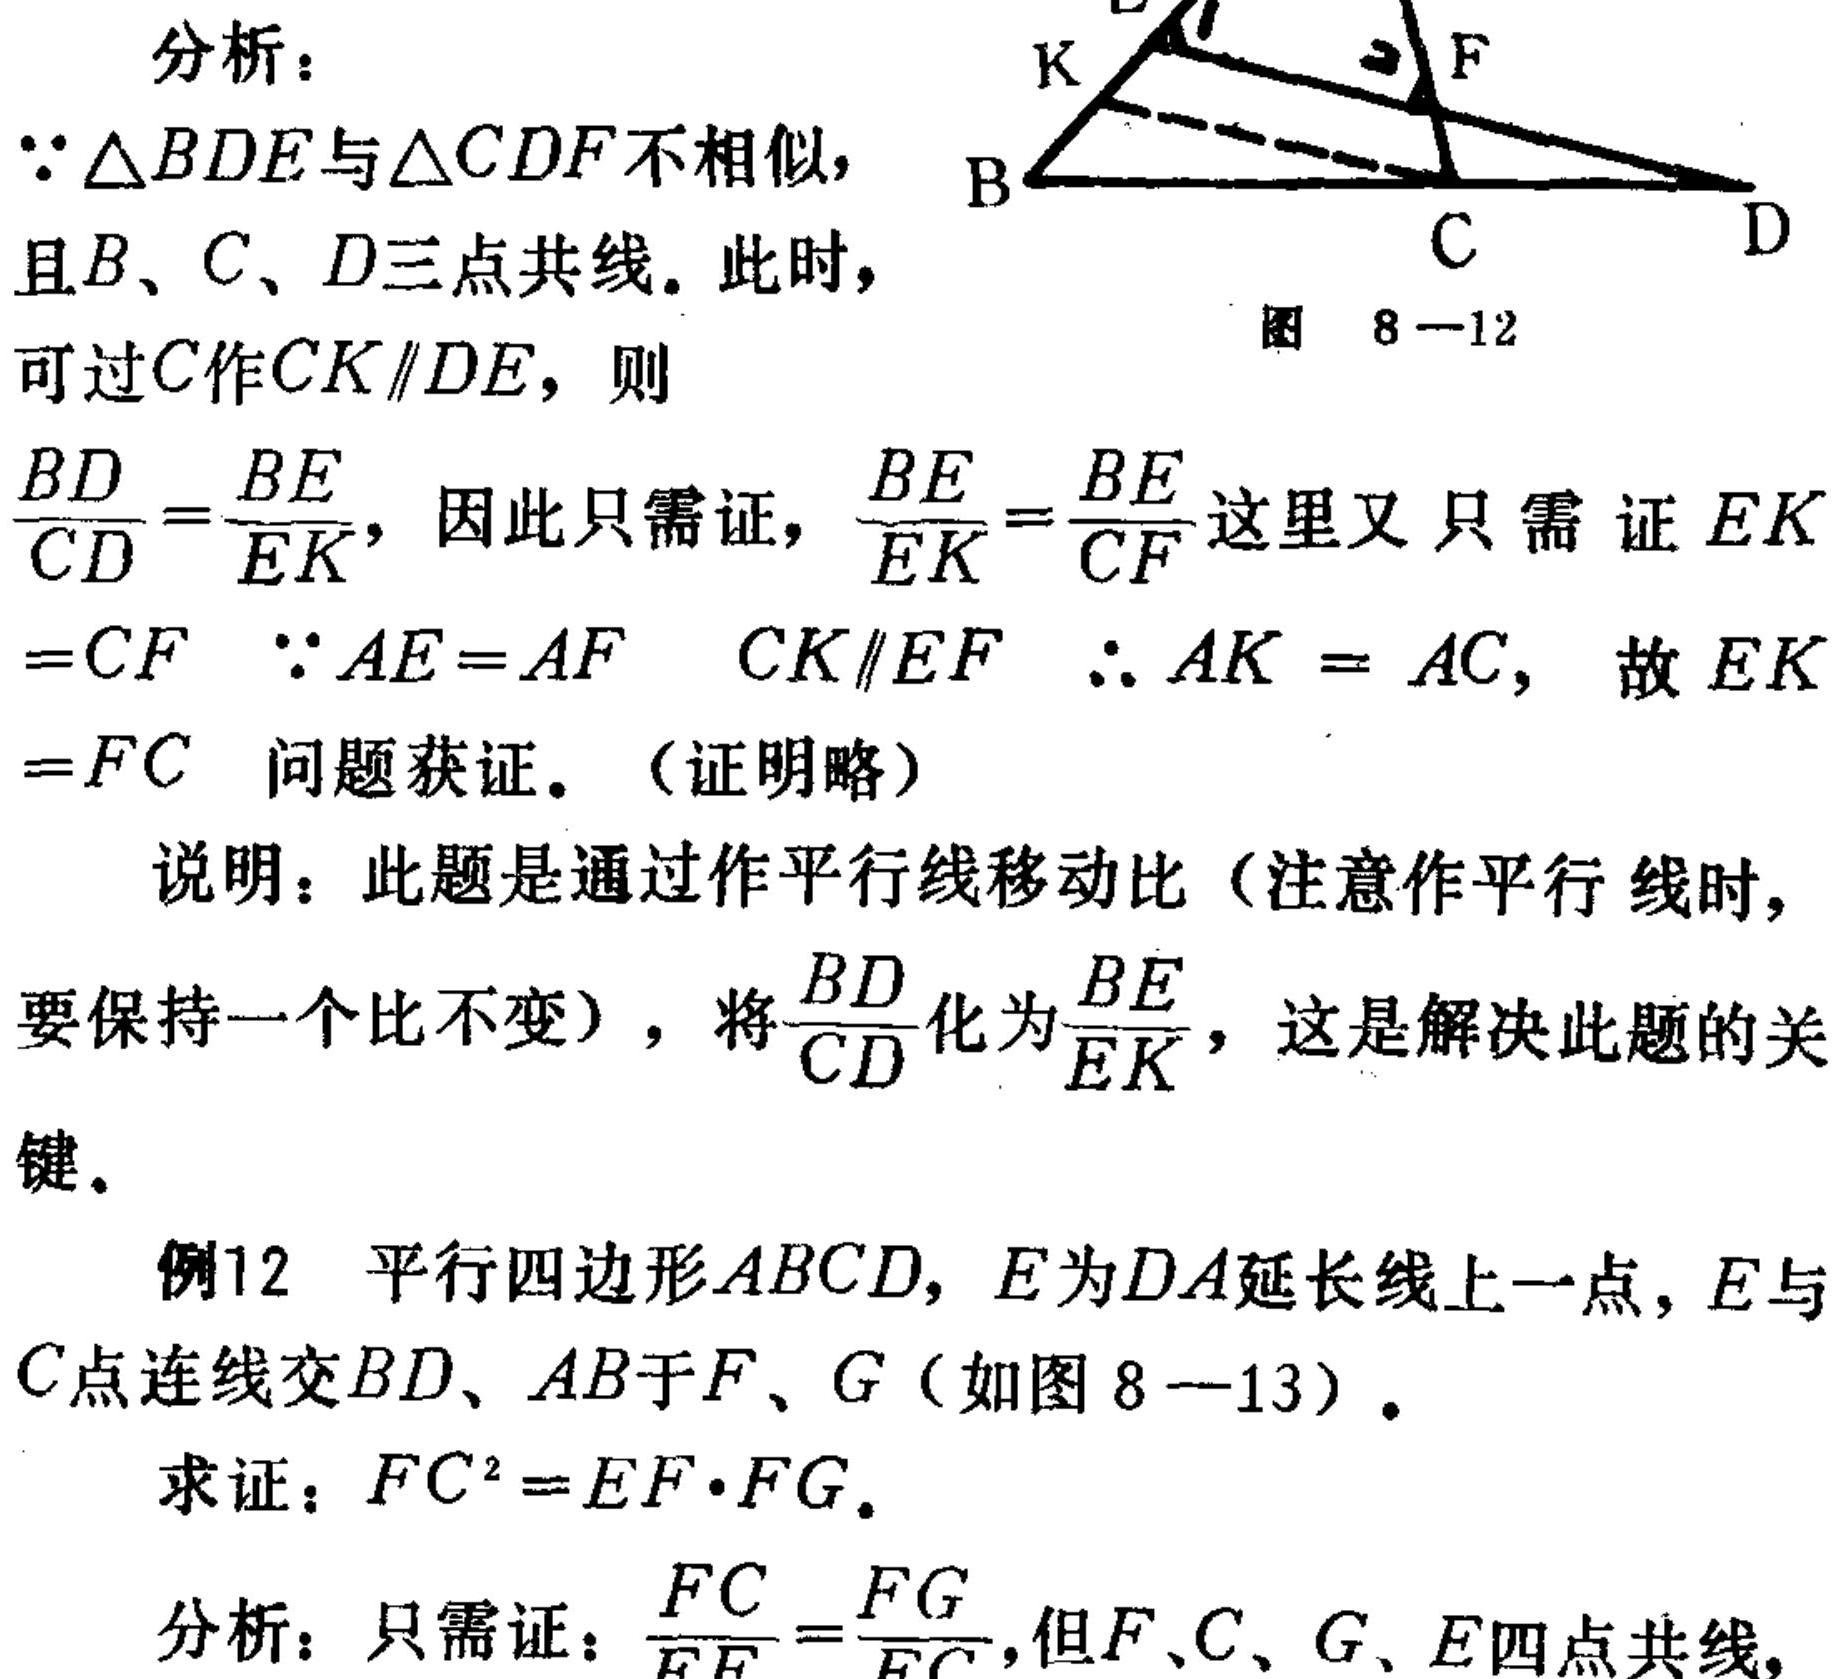
分析：
\(\because\triangle BDE\)与\(\triangle CDF\)不相似，
且\(B、C、D\)三点共线。此时，
可过\(C\)作\(CK\parallel DE\)，则
\(\frac{BD}{CD}=\frac{BE}{EK}\)，因此只需证，\(\frac{BE}{EK}=\frac{BE}{CF}\)这里又只需证\(EK\)
\( = CF\) \(\because AE = AF\) \(CK\parallel EF\) \(\therefore AK = AC\)，故\(EK\)
\(=FC\) 问题获证。（证明略）
说明：此题是通过作平行线移动比（注意作平行线时，
要保持一个比不变），将\(\frac{BD}{CD}\)化为\(\frac{BE}{EK}\)，这是解决此题的关
键。
例12 平行四边形\(ABCD\)，\(E\)为\(DA\)延长线上一点，\(E\)与
\(C\)点连线交\(BD、AB\)于\(F、G\)（如图 \(8 - 13\)）。
求证：\(FC^{2}=EF\cdot FG\)。
分析：只需证：\(\frac{FC}{EF}=\frac{FG}{EC}\)，但\(F、C、G、E\)四点共线，